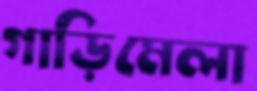
গাড়িমেলা